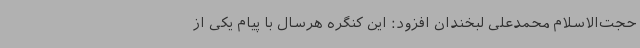
حجت‌الاسلام محمدعلی لبخندان افزود: این کنگره هرسال با پیام یکی از